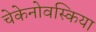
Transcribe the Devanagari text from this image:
चेकेनोवस्किया